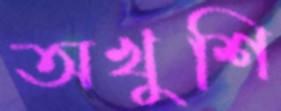
অখুশি